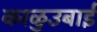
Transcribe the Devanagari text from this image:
काळुउबाई